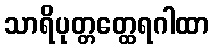
သာရိပုတ္တတ္ထေရဂါထာ